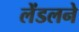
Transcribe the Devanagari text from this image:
लेंडलने